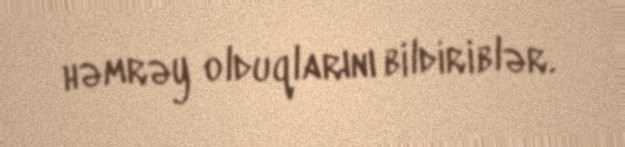
həmrəy olduqlarını bildiriblər.